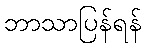
ဘာသာပြန်ရန်